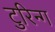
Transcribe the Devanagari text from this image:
टुरिन्ग